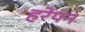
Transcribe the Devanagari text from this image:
हरेपन